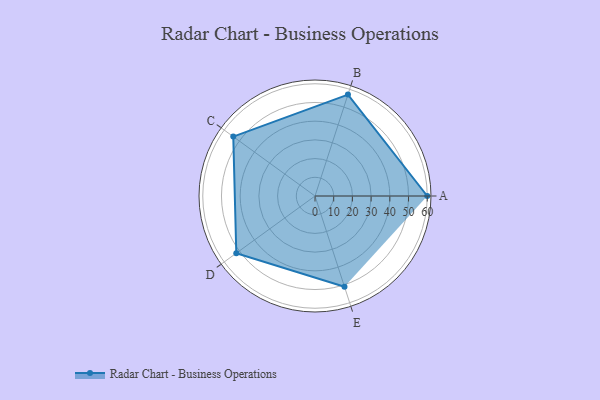
{"axis": {"x": "Skill", "y": "Score"}, "legend": ["Profile"], "data": [{"x": "A", "y": 60.0, "type": "Profile"}, {"x": "B", "y": 57.0, "type": "Profile"}, {"x": "C", "y": 54.0, "type": "Profile"}, {"x": "D", "y": 52.0, "type": "Profile"}, {"x": "E", "y": 51.0, "type": "Profile"}]}